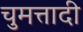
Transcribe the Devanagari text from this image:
चुमत्तादी